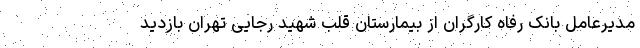
مدیرعامل بانک رفاه کارگران از بیمارستان قلب شهید رجایی تهران بازدید